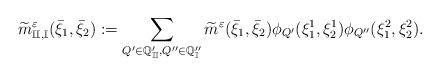
LaTeX: \begin{align*} \widetilde{m}^{\varepsilon}_{\mathbb{II},\mathbb{I}}(\bar{\xi}_{1},\bar{\xi}_{2}):=\sum_{Q'\in\mathbb{Q}'_{\mathbb{II}},Q''\in\mathbb{Q}''_{\mathbb{I}}} \widetilde{m}^{\varepsilon}(\bar{\xi}_{1},\bar{\xi}_{2})\phi_{Q'}(\xi^{1}_{1},\xi^{1}_{2})\phi_{Q''}(\xi^{2}_{1},\xi^{2}_{2}).\end{align*}